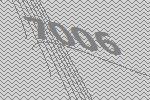
7006